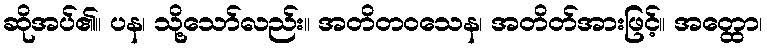
ဆိုအပ်၏။ ပန၊ သို့သော်လည်း။ အတိတဝသေန၊ အတိတ်အားဖြင့်။ အတ္ထော၊